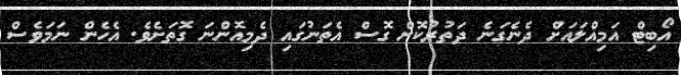
އޯބިޓް އަމިއްލައަށް ދެނެގަނެ ދަތުރުކޮށް ގޮސް އެތަނުގައި ދެމިއޮންނަ ގޮތަށެވެ. އެހެން ނަމަވެސް